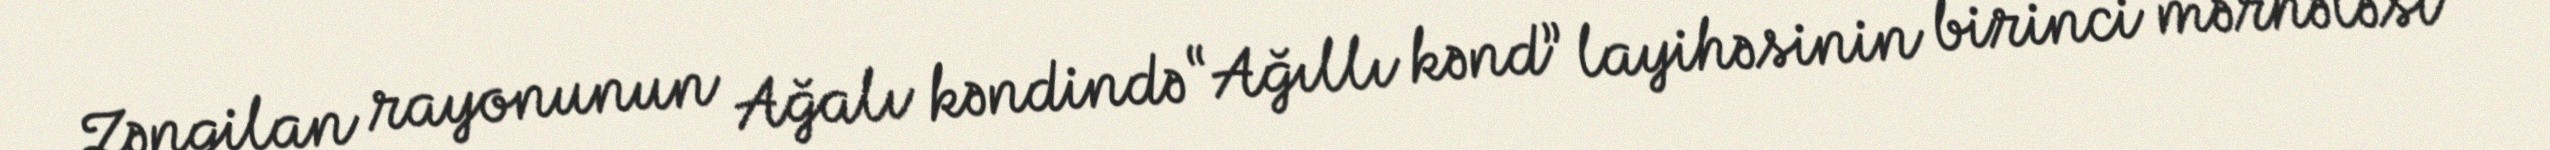
Zəngilan rayonunun Ağalı kəndində “Ağıllı kənd” layihəsinin birinci mərhələsi